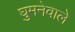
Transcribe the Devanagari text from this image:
घुमनेवाले